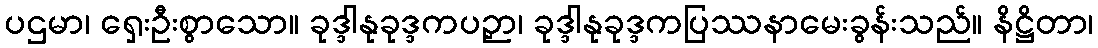
ပဌမာ၊ ရှေးဦးစွာသော။ ခုဒ္ဒါနုခုဒ္ဒကပဉှာ၊ ခုဒ္ဒါနုခုဒ္ဒကပြဿနာမေးခွန်းသည်။ နိဋ္ဌိတာ၊